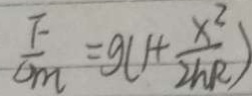
\frac { F } { O m } = g ( 1 + \frac { x ^ { 2 } } { 2 h R } )